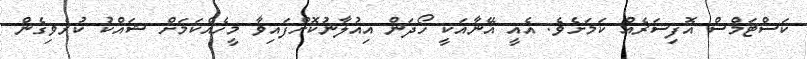
ކަސްޓަމްސް އޮފިސަރެއް ކަމަށެވެ. އެއީ އޭނާއަކީ ހޯދަން އިއުލާނުކޮށްފައިވާ މީހެއްކަމަށް ޝައްކު ކުރެވިގެން